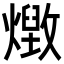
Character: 𭶔